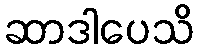
ဆာဒါပေသိ